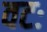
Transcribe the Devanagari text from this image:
वटः